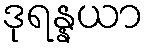
ဒုရန္နယာ